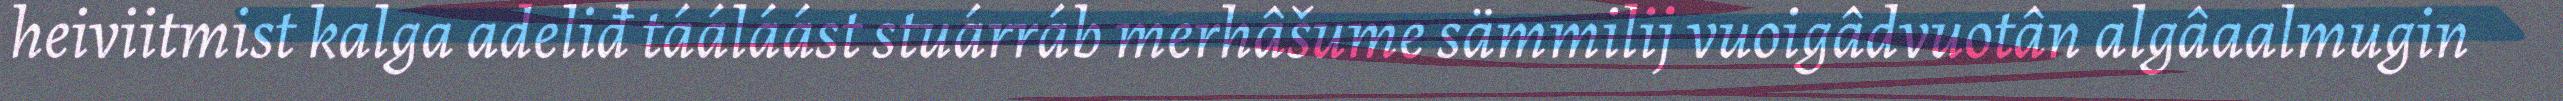
heiviitmist kalga adeliđ tááláást stuárráb merhâšume sämmilij vuoigâdvuotân algâaalmugin